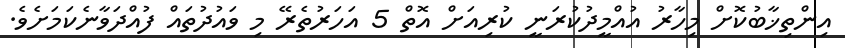
އިންތިޚާބުކޮށް މިހާރު އުއްމީދުކުރަނީ ކުރިއަށް އޮތް 5 އަހަރުތެރޭ މި ވައުދުތައް ފުއްދަވާނެކަމަށެވެ.